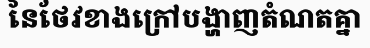
នៃថែវខាងក្រៅបង្ហាញតំណតគ្នា